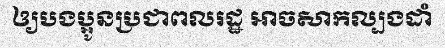
ឲ្យបងប្អូនប្រជាពលរដ្ឋ អាចសាកល្បងដាំ